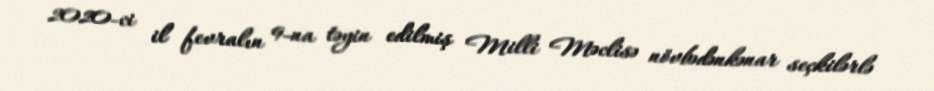
2020-ci il fevralın 9-na təyin edilmiş Milli Məclisə növbədənkənar seçkilərlə